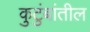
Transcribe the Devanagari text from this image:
कुटुंबांतील